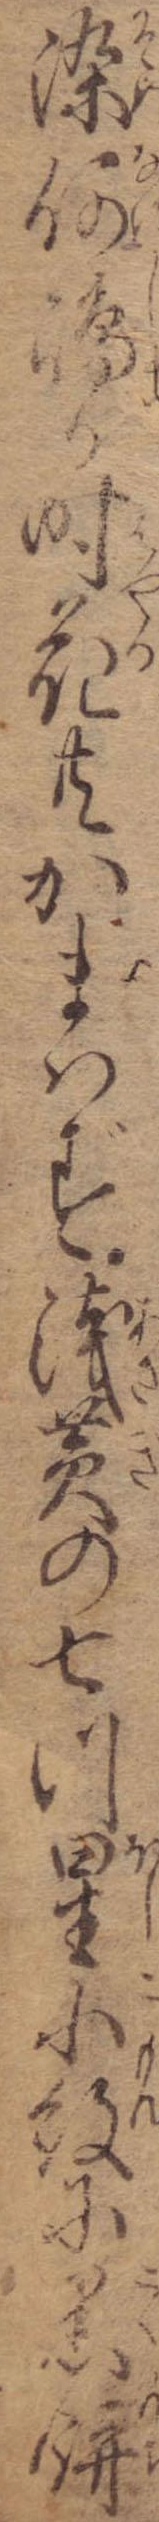
染何島か時花共かまはず浅黄の七つ星小紋に黒餅